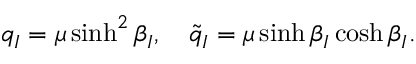
q _ { I } = \mu \sinh ^ { 2 } \beta _ { I } , \quad \tilde { q } _ { I } = \mu \sinh \beta _ { I } \cosh \beta _ { I } .